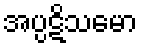
အပ္ပဋိသမော